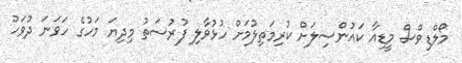
މޯލްޑިވްސް މީޑިއާ ކައުންސިލަށް ކުރިމަތިލުމަށް ހުޅުވާލި ފުރުސަތު މިދިޔަ މަހުގެ ހަވަނަ ދުވަހު